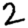
Digit: 2